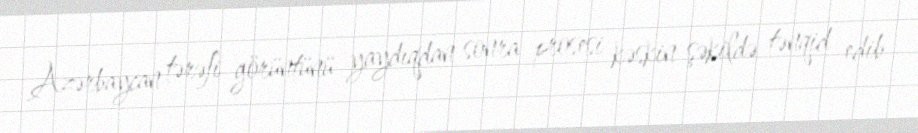
Azərbaycan tərəfi görüntünü yaydıqdan sonra prosesi kəskin şəkildə tənqid edib